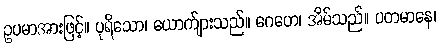
ဥပမာအားဖြင့်။ ပုရိသော၊ ယောက်ျားသည်။ ဂေဟေ၊ အိမ်သည်။ ပတမာနေ၊